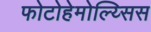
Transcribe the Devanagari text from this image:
फोटोहेमोल्य्सिस